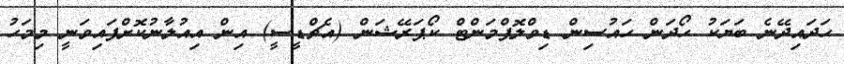
ހަދައިދޭނެ ބަޔަކު ހޯދަން ހައުސިން ޑިވްލޮޕްމަންޓް ކޯޕަރޭޝަން (އެޗްޑީސީ) އިން އިއުލާނުކޮށްފައިވަނީ މިމަހު